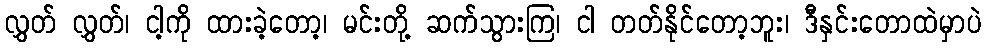
လွှတ် လွှတ်၊ ငါ့ကို ထားခဲ့တော့၊ မင်းတို့ ဆက်သွားကြ၊ ငါ တတ်နိုင်တော့ဘူး၊ ဒီနှင်းတောထဲမှာပဲ